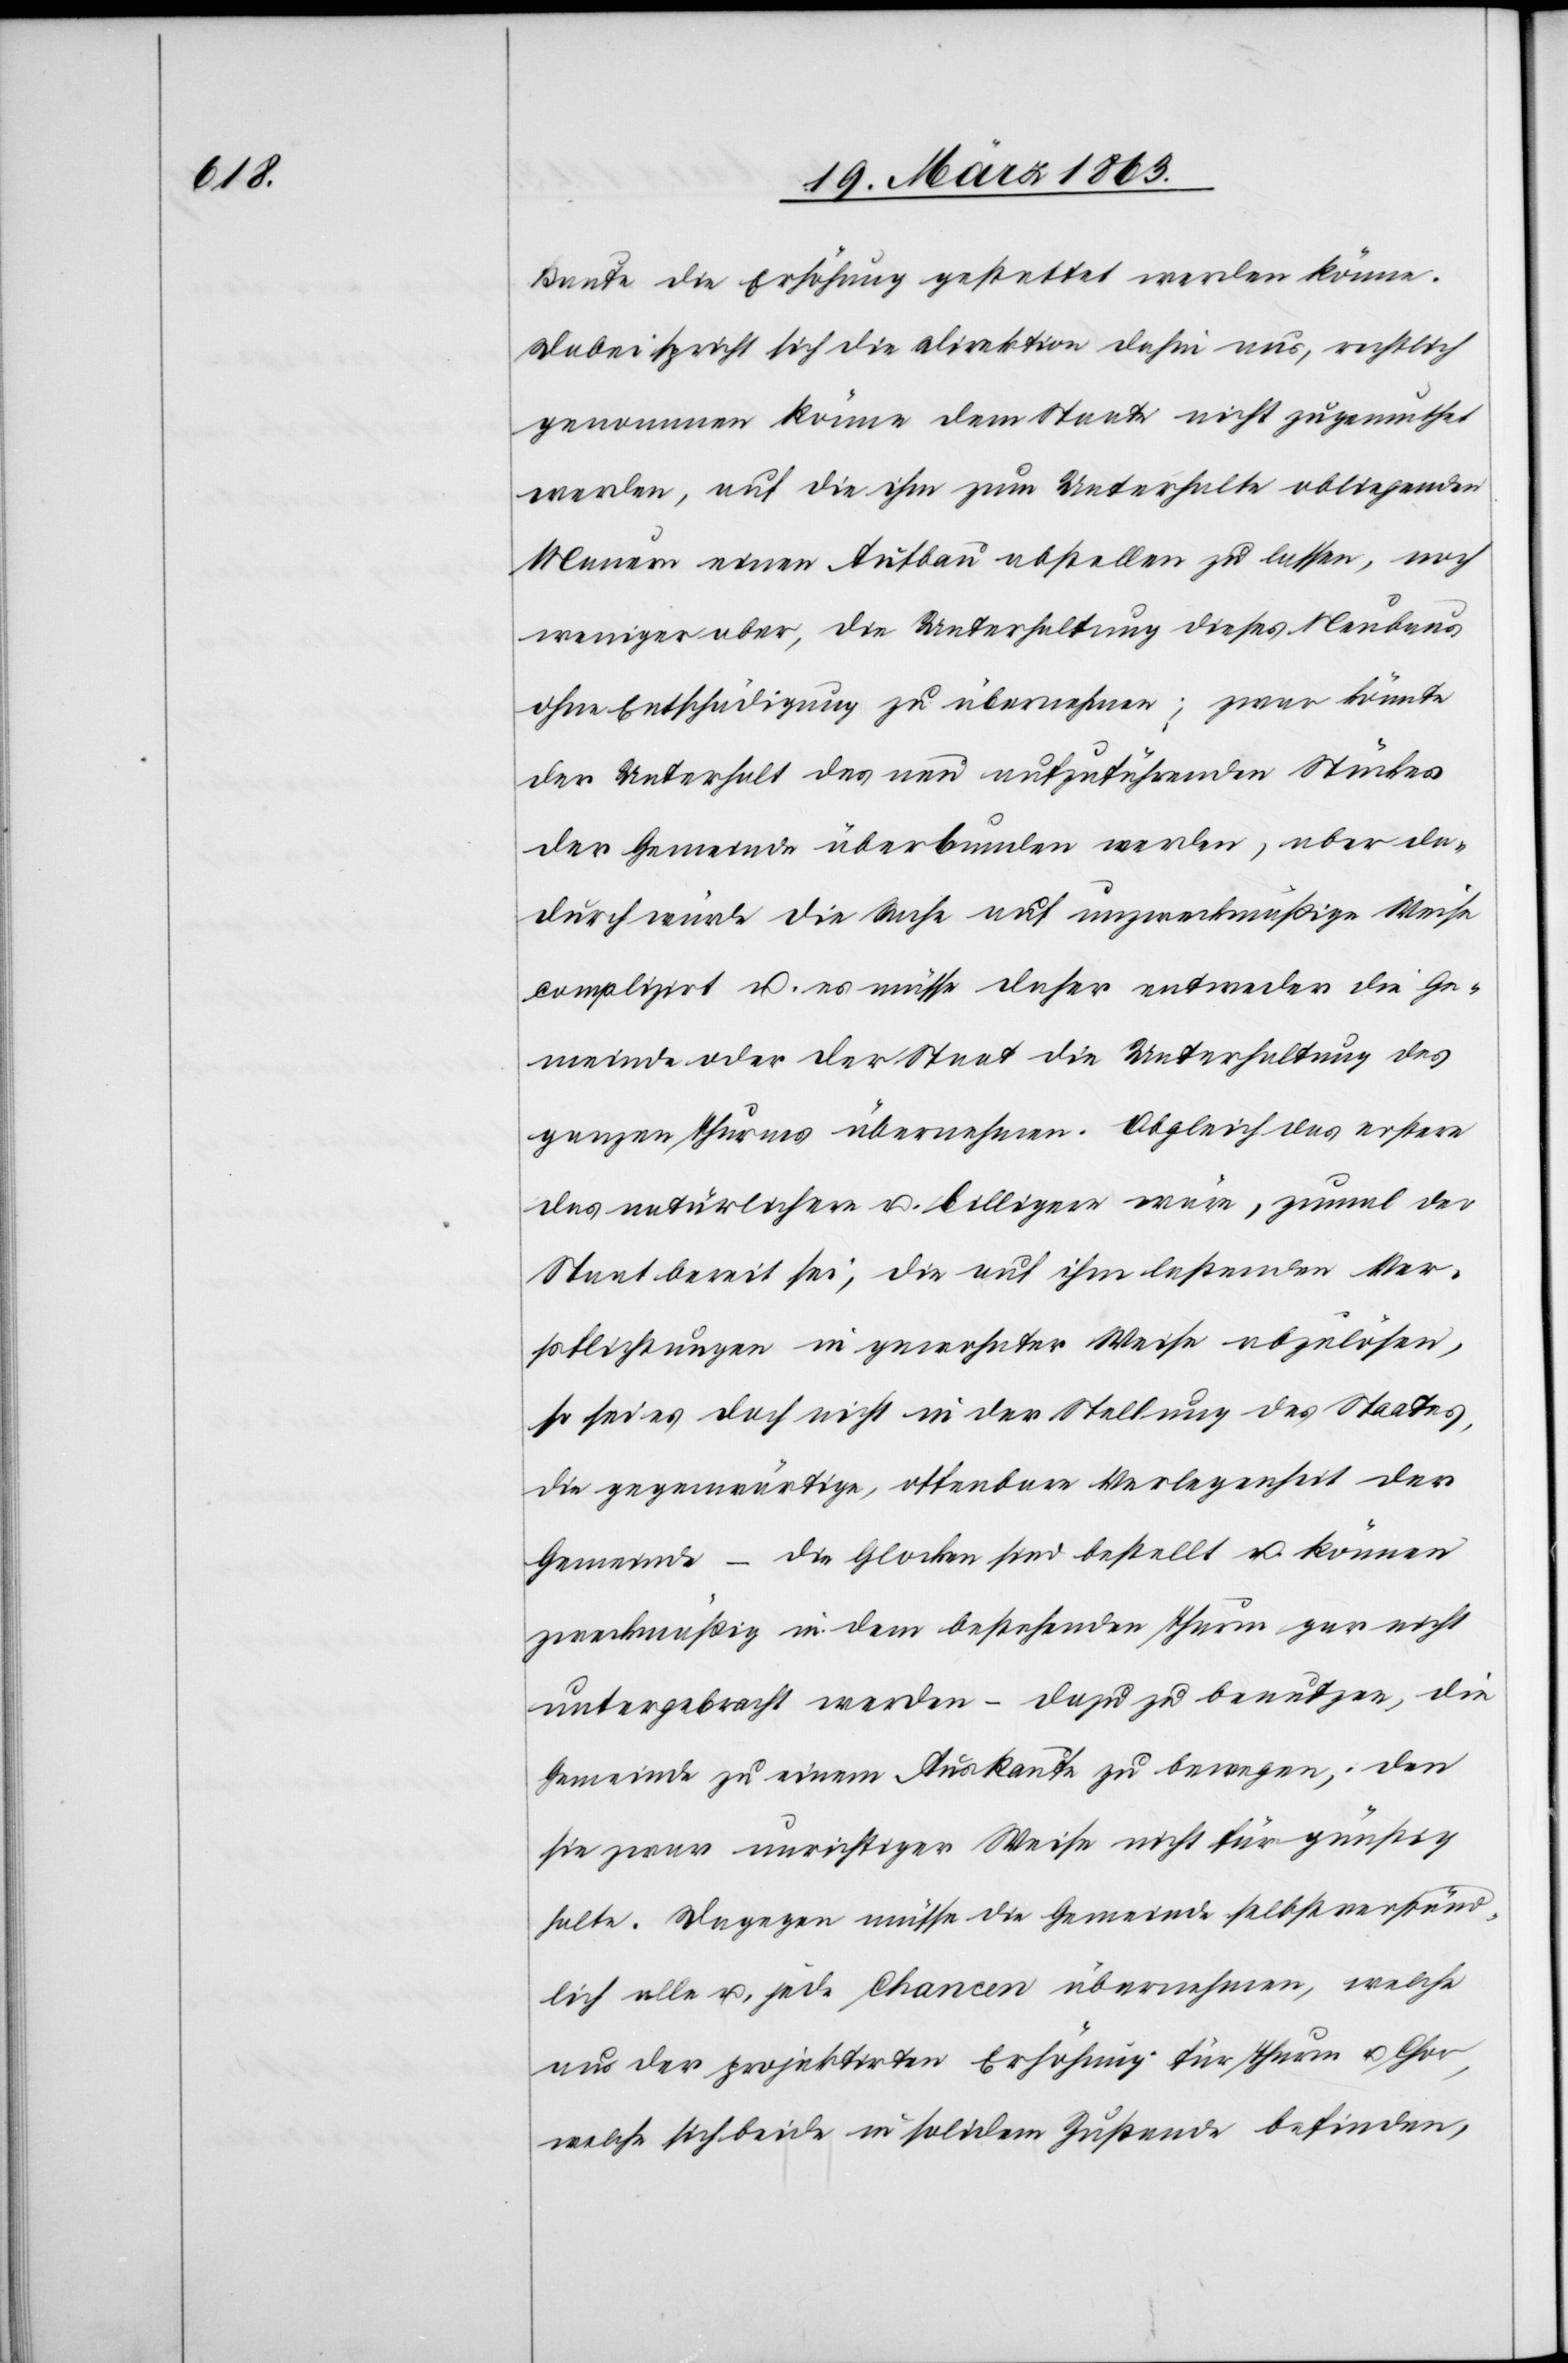
Baute die Erhöhung gestattet werden könne.
Dabei spricht sich die Direktion dahin aus, rechtlich
genommen könne dem Staate nicht zugemuthet
werden, auf die ihm zum Unterhalte obliegenden
Mauern einen Aufbau abstellen zu lassen, noch
weniger aber, die Unterhaltung dieses Neubaus
ohne Entschädigung zu übernehmen; zwar könnte
der Unterhalt des neu aufzuführenden Stückes
der Gemeinde überbunden werden, aber da¬
durch würde die Sache auf unzweckmäßige Weise
complizirt u. es müsse daher entweder die Ge¬
meinde oder der Staat die Unterhaltung des
ganzen Thurms übernehmen. Obgleich das erstere
das natürlichere u. billigere wäre, zumal der
Staat bereit sei, die auf ihm lastenden Ver¬
pflichtungen in gewohnter Weise abzulösen,
so sei es doch nicht in der Stellung des Staates,
die gegenwärtige, offenbare Verlegenheit der
Gemeinde – die Glocken sind bestellt u. können
zweckmäßig in dem bestehenden Thurm gar nicht
untergebracht werden – dazu zu benutzen, die
Gemeinde zu einem Auskaufe zu bewegen, den
sie zwar unrichtiger Weise nicht für günstig
halte. Dagegen müsse die Gemeinde selbstverständ¬
lich alle u. jede Chancen übernehmen, welche
aus der projektirten Erhöhung für Thurm u. Chor,
welche sich beide in solidem Zustande befinden,